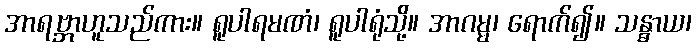
အာရဗ္ဘာဟူသည်ကား။ ရူပါရမဏံ၊ ရူပါရုံသို့။ အာဂမ္မ၊ ရောက်၍။ သန္ဓာယ၊